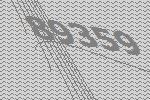
89359